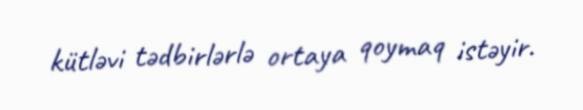
kütləvi tədbirlərlə ortaya qoymaq istəyir.